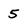
Character: 5